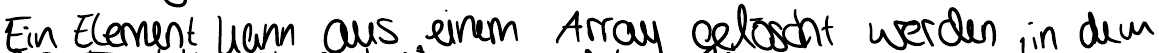
Ein Element kann aus einem Arrays gelöscht werden, in dem